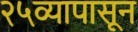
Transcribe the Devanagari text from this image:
२५व्यापासून